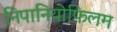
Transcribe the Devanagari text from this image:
निपानियोफिलम